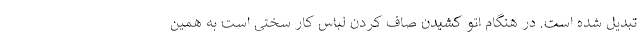
تبدیل شده است. در هنگام اتو کشیدن صاف کردن لباس کار سختی است به همین